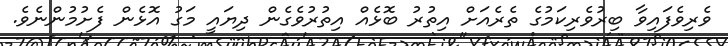
ވެރިވެފައިވާ ބިރުވެރިކަމުގެ ތެރެއަށް އިތުރު ބޮޅެއް އިތުރުވެގެން ދިޔައީ މަގު އޮޅެން ފެށުމުންނެވެ.